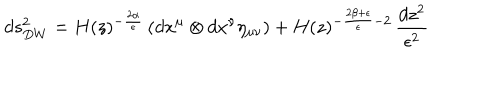
LaTeX: d s _ { D W } ^ { 2 } = H ( z ) ^ { - \frac { 2 \alpha } { \epsilon } } \left( d x ^ { \mu } \otimes d x ^ { \nu } \eta _ { \mu \nu } \right) + H ( z ) ^ { - \frac { 2 \beta + \epsilon } { \epsilon } - 2 } \, \frac { d z ^ { 2 } } { \epsilon ^ { 2 } }